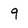
Character: g